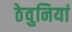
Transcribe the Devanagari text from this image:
ठेवुनियां